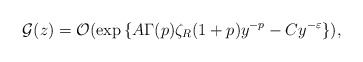
\begin{align*}{\cal G}(z)={\cal O}(\exp{\{A\Gamma(p)\zeta_R (1+p)y^{-p}-Cy^{-\varepsilon}\}})\mbox{,}\end{align*}